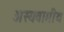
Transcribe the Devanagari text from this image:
अस्यवामीय